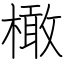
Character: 橄